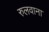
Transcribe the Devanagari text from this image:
रुलवाना